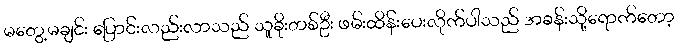
မတွေ့မချင်း ပြောင်းလည်းလာသည် သူခိုးတစ်ဦး ဖမ်းထိန်းပေးလိုက်ပါသည် အခန်းသို့ရောက်တော့